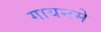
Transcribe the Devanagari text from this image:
गायनमे